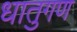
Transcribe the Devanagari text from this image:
धातुगण